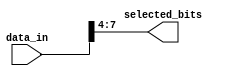
module PartSelectContinuousAssignment (
    input wire [15:0] data_in,  // 16-bit input vector
    output wire [3:0] selected_bits // 4-bit output for selected bits
);

// Part select continuous assignment
assign selected_bits = data_in[7:4]; // Select bits 7 to 4 from data_in

endmodule